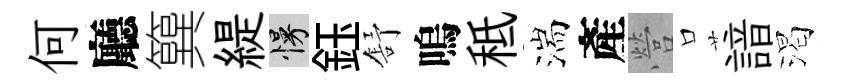
何廳簨緹慢鈺舒嗚秪湍產營口諳渴